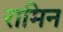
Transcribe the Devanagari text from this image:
रामिन